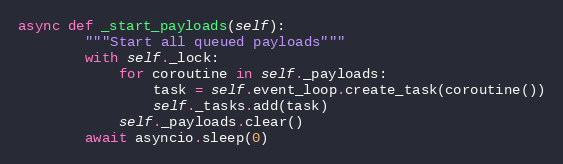
Language: Python
async def _start_payloads(self):
        """Start all queued payloads"""
        with self._lock:
            for coroutine in self._payloads:
                task = self.event_loop.create_task(coroutine())
                self._tasks.add(task)
            self._payloads.clear()
        await asyncio.sleep(0)